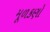
મૂળકણો